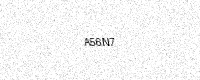
Text: A56N7